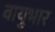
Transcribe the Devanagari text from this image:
वायुभार